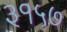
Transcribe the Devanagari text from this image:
३१५७